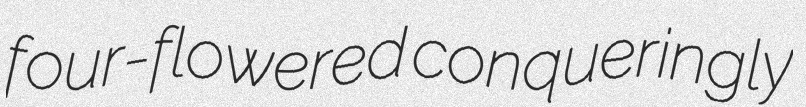
four-flowered conqueringly